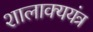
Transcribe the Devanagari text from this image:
शालाक्ययंत्र